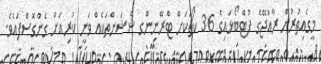
މީގެއިތުރުން ރާއްޖޭގެ ފުޓްބޯޅައިގެ 36 ކޯޗަކަށް ޓްރޭނިންގ ޝެޝަންތަކެއް ވަނީ ކުރިއަށް ގެންގޮސްފައެވެ.